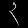
Digit: ၃